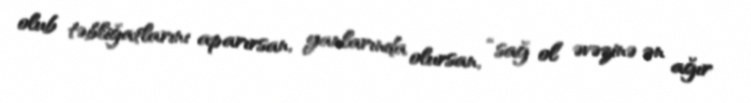
olub təbliğatlarını aparırsan, yanlarında olursan, “sağ ol” əvəzinə ən ağır